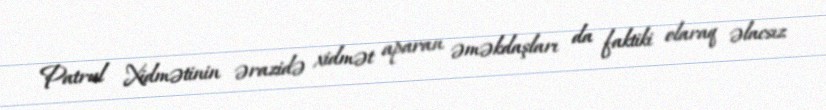
Patrul Xidmətinin ərazidə xidmət aparan əməkdaşları da faktiki olaraq əlacsız